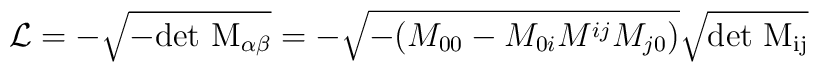
{\cal L}= -\sqrt{-\rm{det}~M_{\alpha\beta}}=-\sqrt{-(M_{00}-M_{0i}M^{ij}M_{j0})}\sqrt{\rm{det}~M_{ij}}